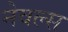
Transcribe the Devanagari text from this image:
नेवल्स